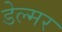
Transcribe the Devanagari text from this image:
डेल्मर